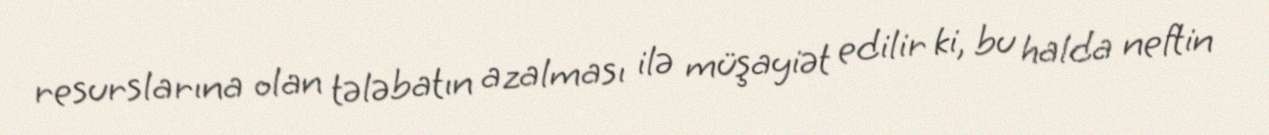
resurslarına olan tələbatın azalması ilə müşayiət edilir ki, bu halda neftin